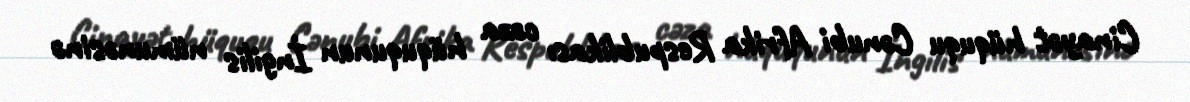
Cinayət hüququ Cənubi Afrika Respublikası cəza hüququnun İngilis nümunəsinə